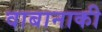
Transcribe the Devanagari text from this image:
वाबानाकी